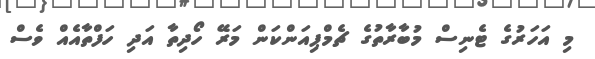
މި އަހަރުގެ ޓެނިސް މުބާރާތުގެ ޗެމްޕިއަންކަން މަރޭ ހޯދިތާ އަދި ހަފްތާއެއް ވެސް